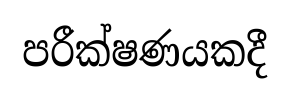
පරීක්ෂණයකදී